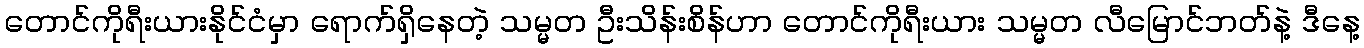
တောင်ကိုရီးယားနိုင်ငံမှာ ရောက်ရှိနေတဲ့ သမ္မတ ဦးသိန်းစိန်ဟာ တောင်ကိုရီးယား သမ္မတ လီမြောင်ဘတ်နဲ့ ဒီနေ့